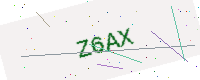
Text: Z6AX